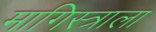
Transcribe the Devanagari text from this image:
मागिस्त्राला